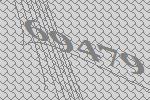
69479